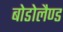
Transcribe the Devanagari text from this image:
बोडोलैण्ड